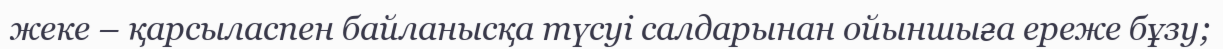
жеке – қарсыласпен байланысқа түсуі салдарынан ойыншыға ереже бұзу;